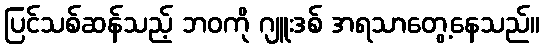
ပြင်သစ်ဆန်သည့် ဘဝကို ဂျူးဒစ် အရသာတွေ့နေသည်။